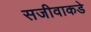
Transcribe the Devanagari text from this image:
सजीवाकडे